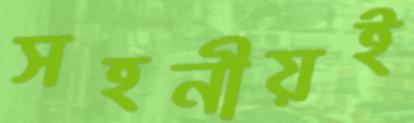
সহনীয়ই